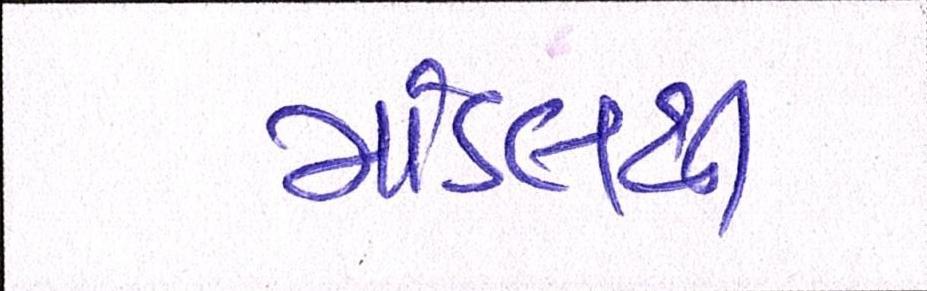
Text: માંડલથી